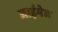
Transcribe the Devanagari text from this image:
जाईमेज